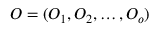
O = ( O _ { 1 } , O _ { 2 } , \dots , O _ { o } )